Annual report of the Bengal Veterinary College and of the Civil Veterinary Department, Bengal, for the year 1909-1910 - 1909-1910
Year: 1909
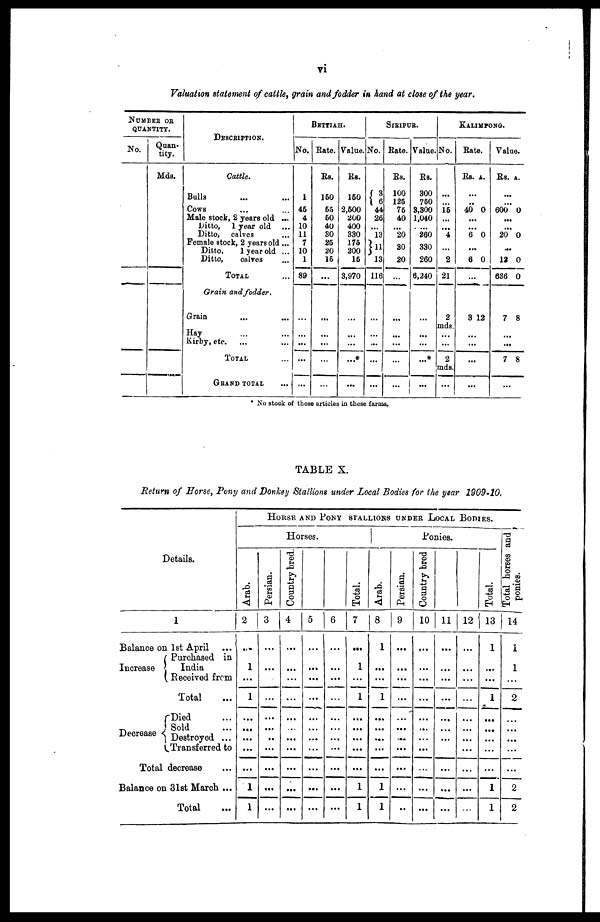
vi
Valuation statement of cattle, grain and fodder in hand at close of the year.
NUMBER OR QUANTITY.
No.
Quan-
tity.
Mds.
DESCRIPTION.
Cattle.
Bulls ... ...
Cows ... ...
Male stock, 2 years old ...
Ditto, 1 year old ...
Ditto, calves ...
Female stock, 2 years old ...
Ditto,
1 year old ...
Ditto,
calves ...
Total ...
Grain and fodder.
Grain ... ...
Hay ... ...
Kirby, etc. ... ...
TOTAL ...
GRAND TOTAL ...
BETTIAH.
No.
1
45
4
10
11
7
10
1
89
...
...
...
...
...
Rate.
Rs.
150
55
50
40
30
25
20
15
...
...
...
...
...
...
Value.
Rs.
150
2,500
200
400
330
175
200
15
3,970
...
...
...
...*
...
SIRIPUR.
No.
3
6
44
26
...
13
11
13
116
...
...
...
...
...
Rate.
Rs.
100
125
75
40
...
20
30
20
...
...
...
...
...
...
Value.
Rs.
300
750
3,300
1,040
...
260
330
260
6,240
...
...
...
...*
...
KALIMPONG.
No.
...
...
15
...
...
4
...
2
21
2
mds.
...
...
2
mds.
...
Rate.
Rs.
...
..
40
...
...
6
...
6
...
3
...
...
...
...
A.
0
0
0
12
Value.
Rs.
...
...
600
...
...
20
... 12
636
7
...
...
7
...
A.
0
0
0
0
8
8
* No stock of these articles in these farms.
TABLE X.
Return of Horse, Pony and Donkey Stallions under Local Bodies for the year 1909-10.
Details.
1
Balance on 1st April ...
Increase
Decrease
Purchased in
India
Received from
Total ...
Died ...
Sold ...
Destroyed ...
Transferred to
Total decrease ...
Balance on 31st March ...
Total ...
Horse and Pony stallions under Local Bodies.
Horses.
Arab.
2
...
1
...
1
...
...
...
...
1
1
Persian.
3
...
...
...
...
...
...
...
...
...
Country bred.
4
...
...
...
...
...
...
...
...
...
...
5
...
...
...
...
...
...
...
...
...
...
6
...
...
...
...
...
...
...
...
...
...
Total.
7
...
1
...
1
...
...
...
...
1
1
Ponies.
Arab.
8
1
...
...
1
...
...
...
...
1
1
Persian.
9
...
...
...
...
...
...
...
...
...
..
Country bred
10
...
...
...
...
...
...
...
...
...
...
11
...
...
...
...
...
...
...
...
...
...
12
...
...
...
...
...
...
...
...
...
...
Total.
13
1
...
...
1
...
...
...
...
1
1
Total horses and
ponies.
14
1
1
...
2
...
...
...
...
2
2